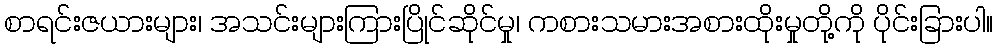
စာရင်းဇယားများ၊ အသင်းများကြားပြိုင်ဆိုင်မှု၊ ကစားသမားအစားထိုးမှုတို့ကို ပိုင်းခြားပါ။